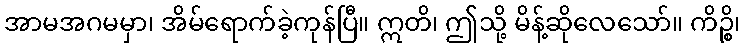
အာမအဂမမှာ၊ အိမ်ရောက်ခဲ့ကုန်ပြီ။ ဣတိ၊ ဤသို့ မိန့်ဆိုလေသော်။ ကိဉ္စိ၊